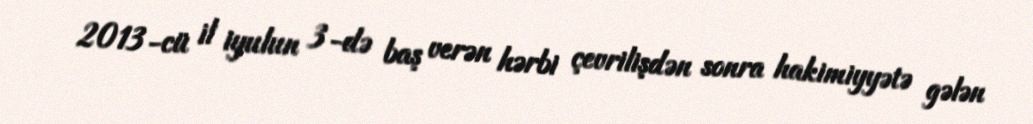
2013-cü il iyulun 3-də baş verən hərbi çevrilişdən sonra hakimiyyətə gələn